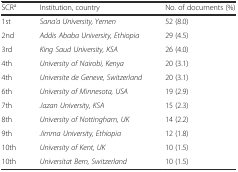
| SCRa | Institution, country | No. of documents (%) |
 | --- | --- | --- |
 | 1st | Sana’a University, Yemen | 52 (8.0) |
 | 2nd | Addis Ababa University, Ethiopia | 29 (4.5) |
 | 3rd | King Saud University, KSA | 26 (4.0) |
 | 4th | University of Nairobi, Kenya | 20 (3.1) |
 | 4th | Universite de Geneve, Switzerland | 20 (3.1) |
 | 6th | University of Minnesota, USA | 19 (2.9) |
 | 7th | Jazan University, KSA | 15 (2.3) |
 | 8th | University of Nottingham, UK | 14 (2.2) |
 | 9th | Jimma University, Ethiopia | 12 (1.8) |
 | 10th | University of Kent, UK | 10 (1.5) |
 | 10th | Universitat Bern, Switzerland | 10 (1.5) |